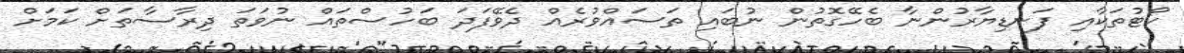
ކޯޓުތަކާއި ފަނޑިޔާރުންނާ ބެހޭގޮތުން ނުބައި ތަސައްވުރެއް ދެވޭފަދަ ބަހުސްތައް ނުވަތަ ދިރާސާތަށް ކަމަށް